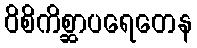
ဝိစိကိစ္ဆာပရေတေန